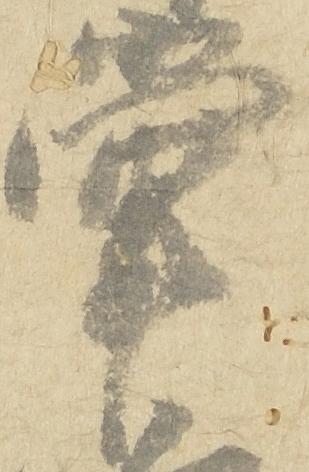
掌